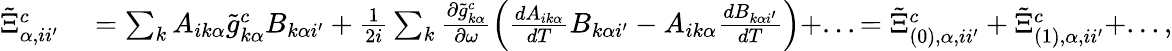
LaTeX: \begin{array}{rl}{\tilde{\Xi}_{\alpha,ii^{\prime}}^{c}}&{{}=\sum_{k}A_{ik\alpha}\tilde{g}_{k\alpha}^{c}B_{k\alpha i^{\prime}}+\frac{1}{2i}\sum_{k}\frac{\partial\tilde{g}_{k\alpha}^{c}}{\partial\omega}\left(\frac{dA_{ik\alpha}}{dT}B_{k\alpha i^{\prime}}-A_{ik\alpha}\frac{dB_{k\alpha i^{\prime}}}{dT}\right)+...=\tilde{\Xi}_{(0),\alpha,ii^{\prime}}^{c}+\tilde{\Xi}_{(1),\alpha,ii^{\prime}}^{c}+...,}\end{array}